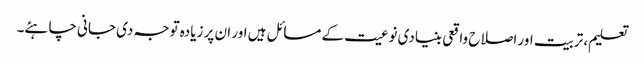
تعلیم، تربیت اور اصلاح واقعی بنیادی نوعیت کے مسائل ہیں اور ان پر زیادہ توجہ دی جانی چاہئے۔